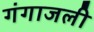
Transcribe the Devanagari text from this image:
गंगाजली